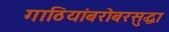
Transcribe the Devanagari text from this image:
गाठियांबरोबरसुद्धा